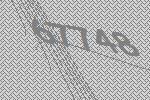
67748